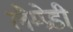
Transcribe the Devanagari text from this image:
लैम्प्रेडी